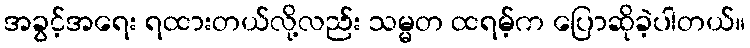
အခွင့်အရေး ရထားတယ်လို့လည်း သမ္မတ ထရမ့်က ပြောဆိုခဲ့ပါတယ်။